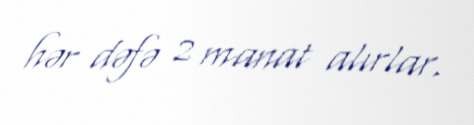
hər dəfə 2 manat alırlar.